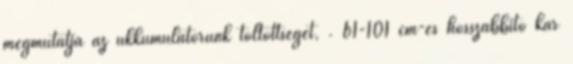
megmutatja az ukkumulátorunk töltöttségét, . 61-101 cm-es hosszabbító kar